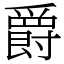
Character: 爵